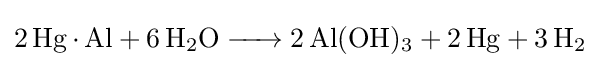
{\ce {2 Hg*Al + 6 H2O -> 2 Al(OH)3 + 2 Hg + 3 H2}}